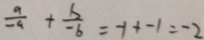
\frac { a } { - a } + \frac { b } { - b } = - 1 + - 1 = - 2